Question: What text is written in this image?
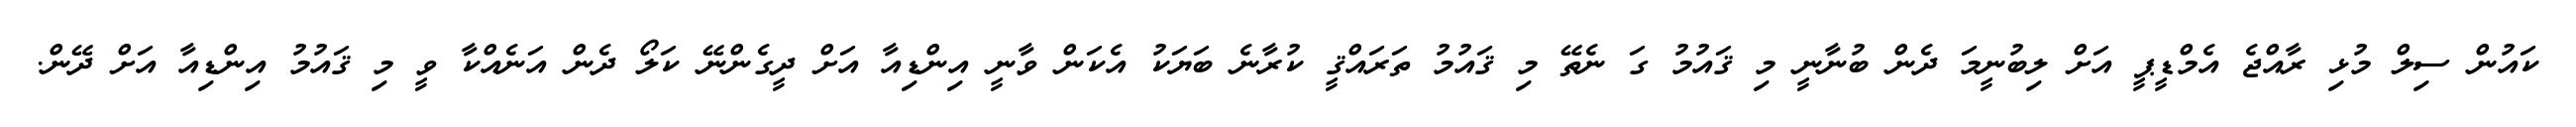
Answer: ކައުން ސިލް މުޅި ރާއްޖެ އެމްޑީޕީ އަށް ލިބުނީމަ ދެން ބުނާނީ މި ޤައުމު ގަ ނެތޭ މި ޤައުމު ތަރައްޤީ ކުރާނެ ބަޔަކު އެކަން ވާނީ އިންޑިއާ އަށް ދީގެންނޭ ކަލޯ ދެން އަނެއްކާ ވީ މި ޤައުމު އިންޑިއާ އަށް ދޭން.